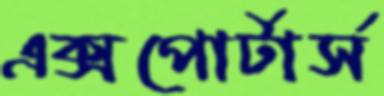
এক্সপোর্টার্স